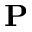
\mathbf { P }